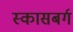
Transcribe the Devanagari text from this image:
स्कासबर्ग